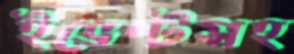
ইভেন্টসহ